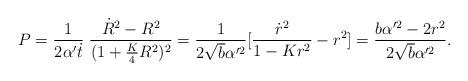
LaTeX: \begin{align*}P=\frac{1}{2\alpha'\dot{t}}\;\frac{\dot{R}^2-R^2}{(1+\frac{K}{4}R^2)^2}=\frac{1}{2\sqrt{b}\alpha'^2}[\frac{\dot{r}^2}{1-Kr^2}-r^2]=\frac{b\alpha'^2-2r^2}{2\sqrt{b}\alpha'^2}.\end{align*}